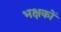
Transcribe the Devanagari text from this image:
भक्षकों